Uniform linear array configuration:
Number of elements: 48
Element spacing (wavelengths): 0.75
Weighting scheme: exponential
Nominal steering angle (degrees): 45
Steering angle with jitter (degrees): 46.495
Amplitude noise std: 0.05
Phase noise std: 0.05

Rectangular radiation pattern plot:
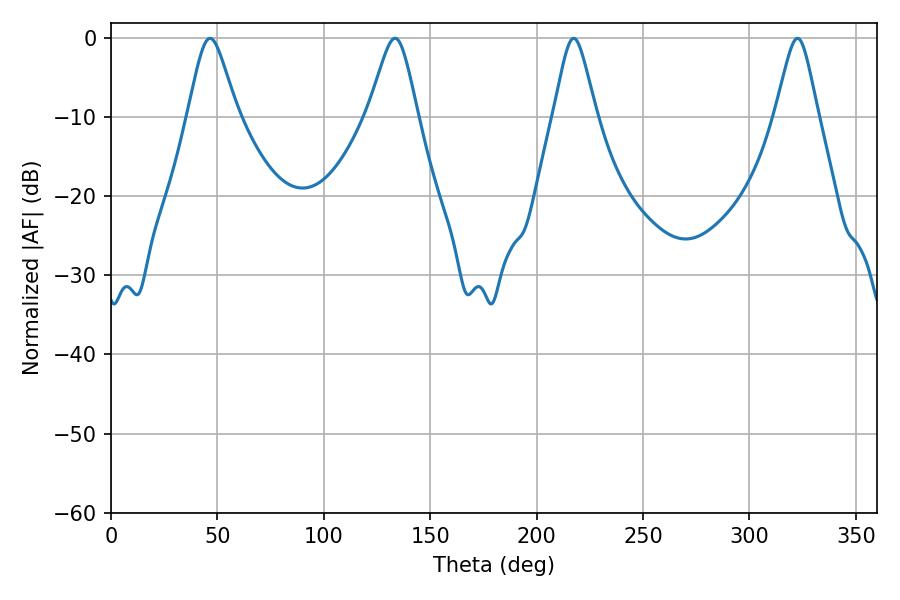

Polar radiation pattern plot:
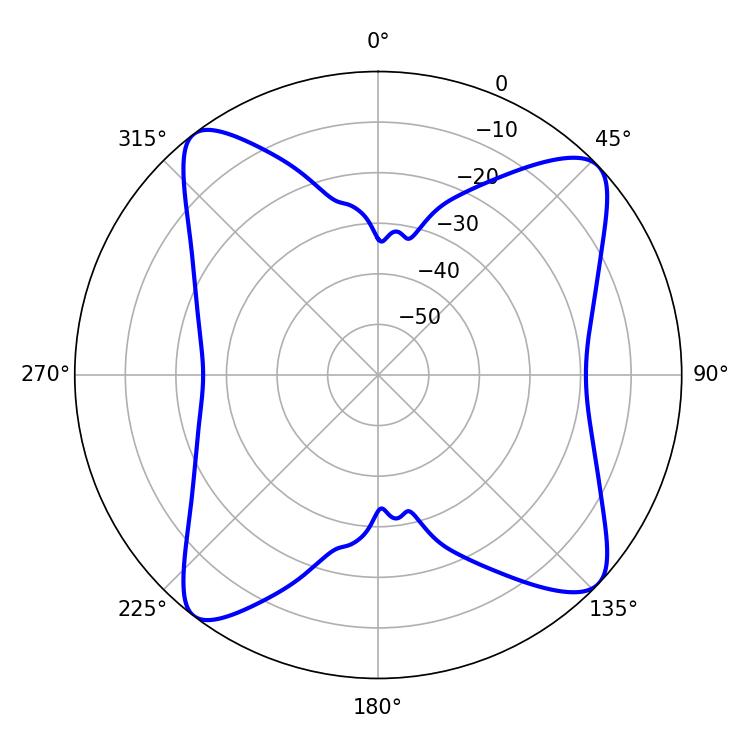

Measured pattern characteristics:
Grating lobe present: TRUE
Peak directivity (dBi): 12.709
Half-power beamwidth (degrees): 9.54
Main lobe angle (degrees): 217.44